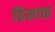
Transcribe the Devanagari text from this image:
ढिसाळ